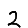
Digit: 2